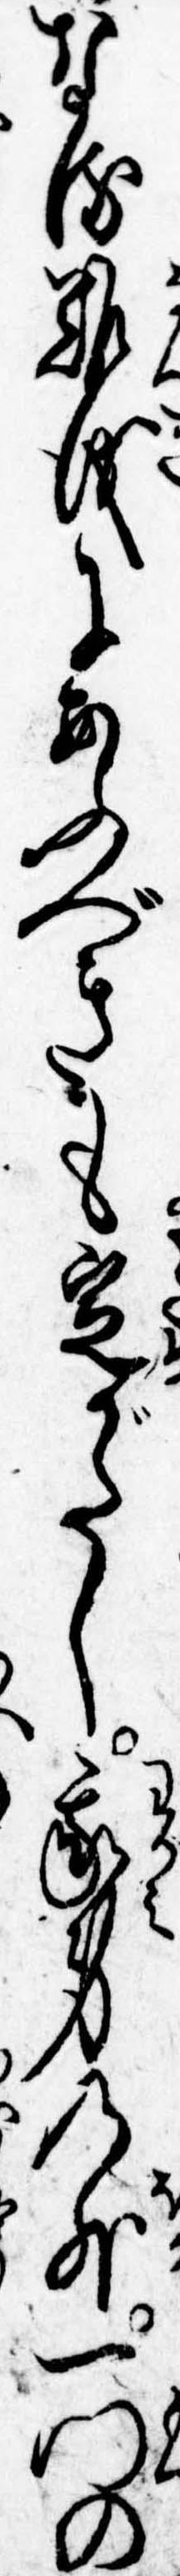
なる難儀にあふべきも定がたし我身の外一門の